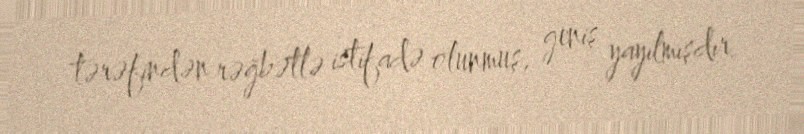
tərəfindən rəğbətlə istifadə olunmuş, geniş yayılmışdır.